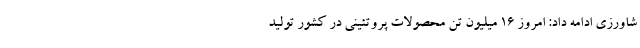
شاورزی ادامه داد: امروز ۱۶ میلیون تن محصولات پروتئینی در کشور تولید